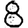
Digit: 8